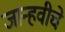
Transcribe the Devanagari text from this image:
जान्हवीचे